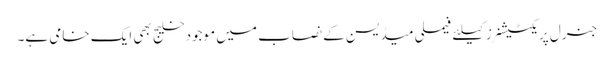
جنرل پریکٹیشنرز کیلئے فیملی میڈیسن کے نصاب میں موجود خلیج بھی ایک خامی ہے۔